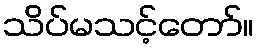
သိပ်မသင့်တော်။